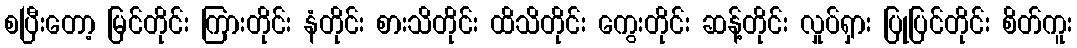
စပြီးတော့ မြင်တိုင်း ကြားတိုင်း နံတိုင်း စားသိတိုင်း ထိသိတိုင်း ကွေးတိုင်း ဆန့်တိုင်း လှုပ်ရှား ပြုပြင်တိုင်း စိတ်ကူး